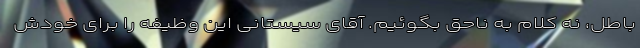
باطل، نه کلام به ناحق بگوئیم. آقای سیستانی این وظیفه را برای خودش